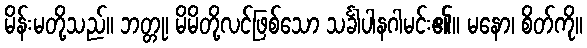
မိန်းမတို့သည်။ ဘတ္တု၊ မိမိတို့လင်ဖြစ်သော သင်္ခါပါနဂါမင်း၏။ မနော၊ စိတ်ကို။